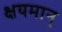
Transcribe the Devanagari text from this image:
क्षयमान्